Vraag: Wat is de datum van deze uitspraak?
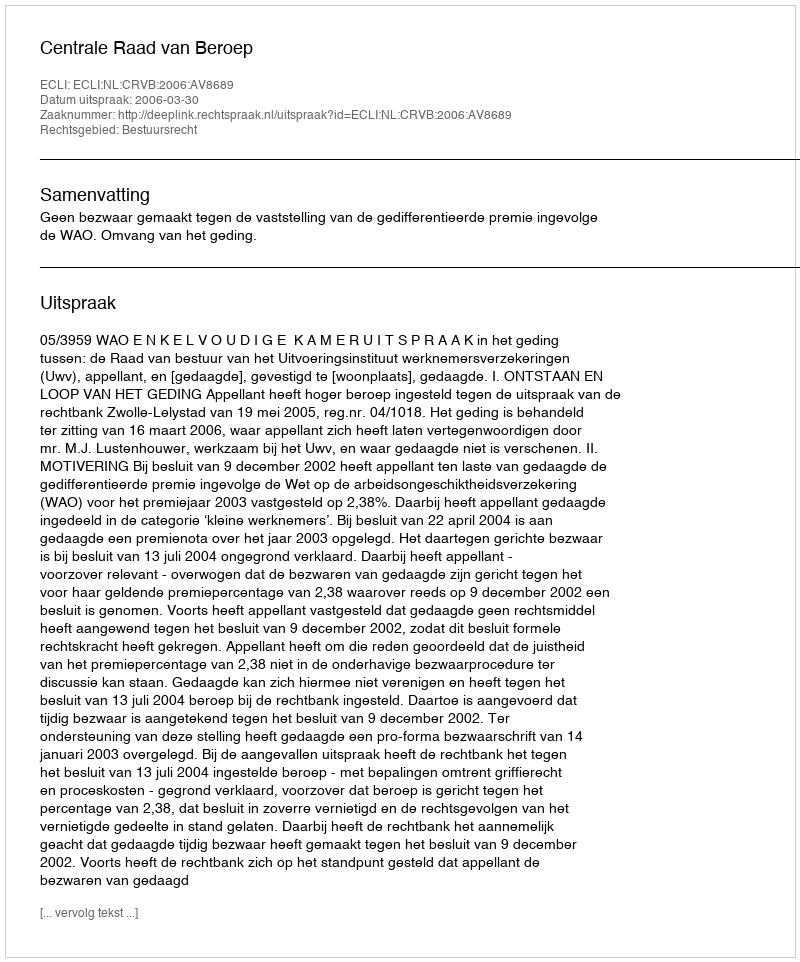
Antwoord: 2006-03-30